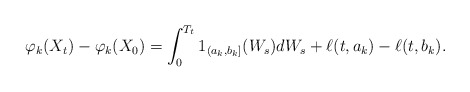
\begin{align*}\varphi_k(X_t)-\varphi_k(X_0)=\int_0^{T_t}1_{(a_k,b_k]}(W_s)dW_s + \ell(t,a_k)-\ell(t,b_k). \end{align*}